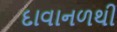
દાવાનળથી